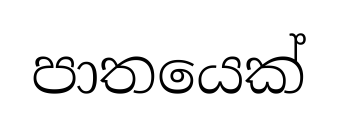
පාතයෙක්